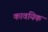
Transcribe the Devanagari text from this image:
कावयिक